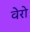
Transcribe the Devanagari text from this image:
वेरो